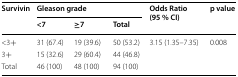
<table><thead><tr><td rowspan="2"><b>Survivin</b></td><td colspan="3"><b>Gleason grade</b></td><td rowspan="2"><b>Odds Ratio (95 % CI)</b></td><td rowspan="2"><b>p value</b></td></tr><tr><td><b>&lt;7</b></td><td><b>≥7</b></td><td><b>Total</b></td></tr></thead><tbody><tr><td>&lt;3+</td><td>31 (67.4)</td><td>19 (39.6)</td><td>50 (53.2)</td><td>3.15 (1.35–7.35)</td><td>0.008</td></tr><tr><td>3+</td><td>15 (32.6)</td><td>29 (60.4)</td><td>44 (46.8)</td><td></td><td></td></tr><tr><td>Total</td><td>46 (100)</td><td>48 (100)</td><td>94 (100)</td><td></td><td></td></tr></tbody></table>